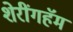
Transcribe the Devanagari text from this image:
शेरींगहॅम